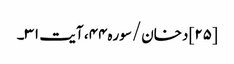
[۲۵] دخان/سوره۴۴، آیت ۳۱۔